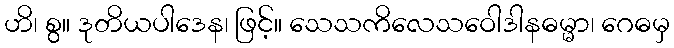
ဟိ၊ စွ။ ဒုတိယပါဒေန၊ ဖြင့်။ သေသကိလေသဝေါဒါနဓမ္မာ၊ ဂေဓမှ